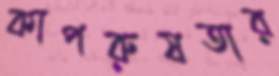
কাপরুষতার